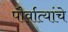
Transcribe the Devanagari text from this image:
पौर्वात्यांचे